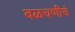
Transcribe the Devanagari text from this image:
वळचणीचं